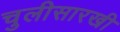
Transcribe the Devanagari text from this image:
चुलीसारखी